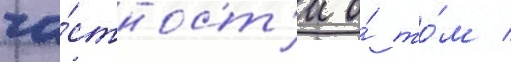
ча́стност'и о́ то́м /